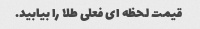
قیمت لحظه ای فعلی طلا را بیابید.